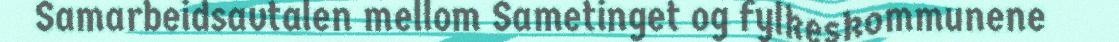
Samarbeidsavtalen mellom Sametinget og fylkeskommunene